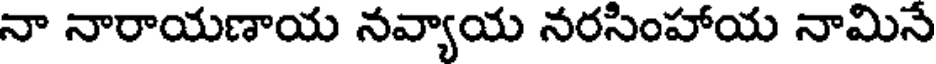
నా నారాయణాయ నవ్యాయ నరసింహాయ నామినే